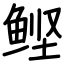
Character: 鲣